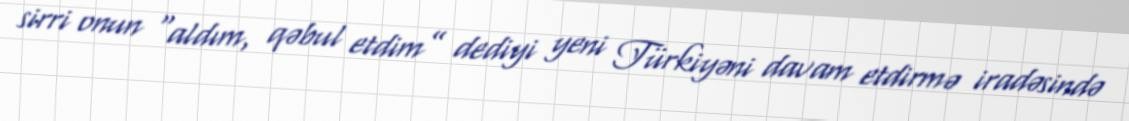
sirri onun “aldım, qəbul etdim” dediyi yeni Türkiyəni davam etdirmə iradəsində